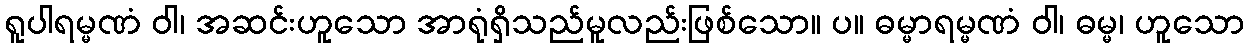
ရူပါရမ္မဏံ ဝါ၊ အဆင်းဟူသော အာရုံရှိသည်မူလည်းဖြစ်သော။ ပ။ ဓမ္မာရမ္မဏံ ဝါ၊ ဓမ္မ၊ ဟူသော